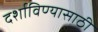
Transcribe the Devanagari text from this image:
दर्शाविण्यासाठी